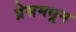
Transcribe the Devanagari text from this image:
प्रेसमधून